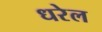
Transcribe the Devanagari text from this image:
धरेल